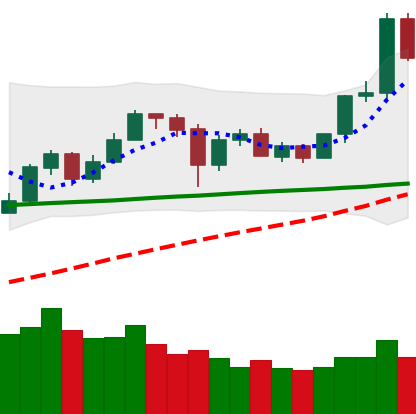
Ticker: ETH-USD
Chart end date: 2020-05-31
Forward return: 4.436%
Label: up_3_5